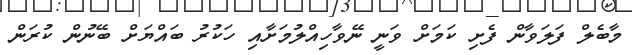
މާބެލް ފަލަވާން ފެށި ކަމަށް ވަނީ ނޭވާހިއްލުމަށާއި ހަކުރު ބައްޔަށް ބޭނުން ކުރަން